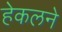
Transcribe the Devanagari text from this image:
हेकलने